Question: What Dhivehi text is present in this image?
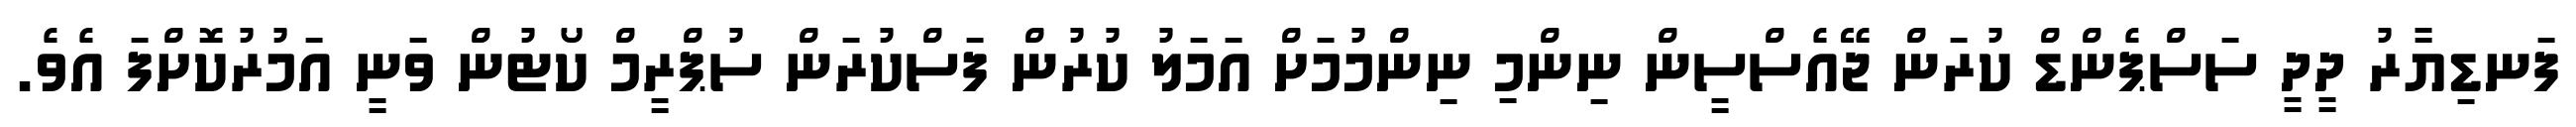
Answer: ފަނޑިޔާރު ދީދީ ސަސްޕެންޑް ކުރަން ޖޭއެސްސީން ނިންމި ނިންމުމަށް އަމަލު ކުރުން ފަސްކުރަން ސުޕްރީމް ކޯޓުން ވަނީ އަމުރުކޮށްފަ އެވެ.